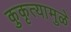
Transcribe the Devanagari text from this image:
कुकृत्यामुळे